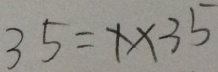
3 5 = 1 \times 3 5